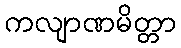
ကလျာဏမိတ္တာ